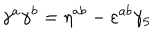
LaTeX: \gamma ^ { a } \gamma ^ { b } = \eta ^ { a b } - \varepsilon ^ { a b } \gamma _ { 5 }